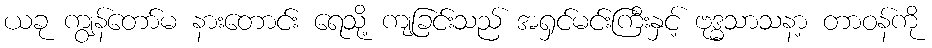
ယခု ကျွန်တော်မ နားတောင်း ရေသို့ ကျခြင်းသည် အရှင်မင်းကြီးနှင့် ဗုဒ္ဓသာသနာ့ တာဝန်ကို